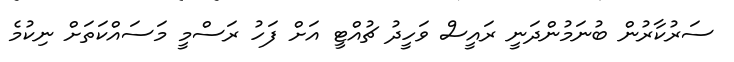
ސަރުކާރުން ބުނަމުންދަނީ ރައީސް ވަހީދު ޗުއްޓީ އަށް ފަހު ރަސްމީ މަސައްކަތަށް ނިކުމެ